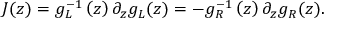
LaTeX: J ( z ) = g _ { L } ^ { - 1 } \left( z \right) \partial _ { z } g _ { L } ( z ) = - g _ { R } ^ { - 1 } \left( z \right) \partial _ { z } g _ { R } ( z ) .